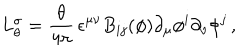
LaTeX: L _ { \theta } ^ { \sigma } = { \frac { \theta } { 4 \pi } } \, \epsilon ^ { \mu \nu } B _ { i j } ( \phi ) \partial _ { \mu } \phi ^ { i } \partial _ { \nu } \phi ^ { j } \, ,